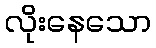
လိုးနေသော